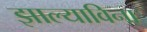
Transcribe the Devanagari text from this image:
झाल्याविना